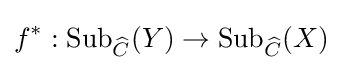
f^{*}:\mathrm {Sub} _{\widehat {C}}(Y)\to \mathrm {Sub} _{\widehat {C}}(X)